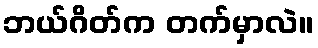
ဘယ်ဂိတ်က တက်မှာလဲ။